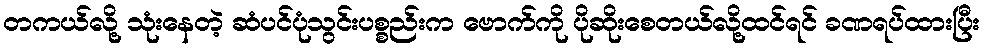
တကယ်လို့ သုံးနေတဲ့ ဆံပင်ပုံသွင်းပစ္စည်းက ဗောက်ကို ပိုဆိုးစေတယ်လို့ထင်ရင် ခဏရပ်ထားပြီး